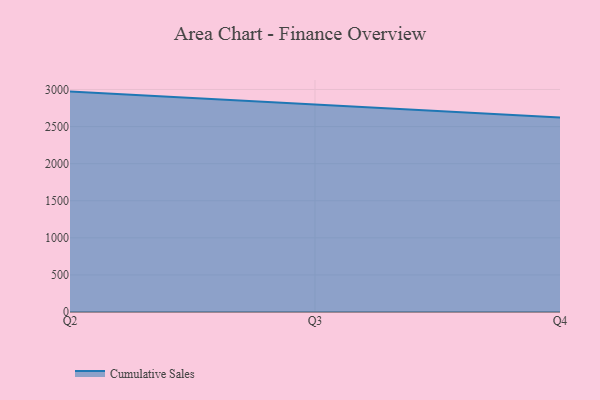
{"axis": {"x": "Quarter", "y": "Waste Production (Tons)"}, "legend": ["Cumulative Sales"], "data": [{"x": "Q2", "y": 2971.6, "type": "Cumulative Sales"}, {"x": "Q3", "y": 2794.2, "type": "Cumulative Sales"}, {"x": "Q4", "y": 2621.8, "type": "Cumulative Sales"}]}